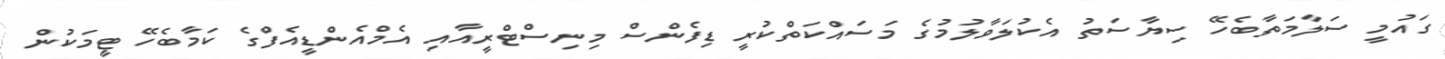
ގައުމީ ސަލާމަތާބެހޭ ސިޔާސަތު އެކުލަވާލުމުގެ މަސައްކަތްކުރީ ޑިފެންސް މިނިސްޓްރީއާއި އެމްއެންޑީއެފްގެ ކަމާބެހޭ ޓީމަކުން